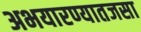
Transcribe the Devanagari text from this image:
अभयारण्यातजसा